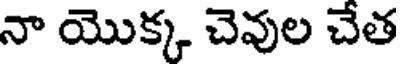
నా యొక్క చెవుల చేత